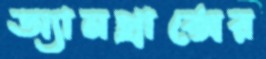
অ্যানথ্রাক্সের